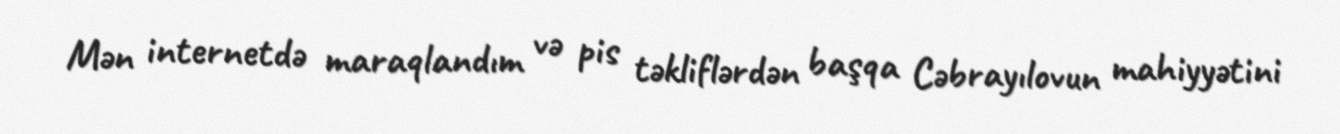
Mən internetdə maraqlandım və pis təkliflərdən başqa Cəbrayılovun mahiyyətini